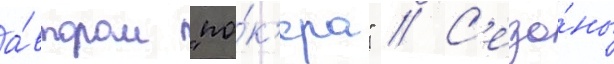
а́втором "по́к'ера" // С'езо́ны